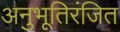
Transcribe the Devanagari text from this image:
अनुभूतिरंजित